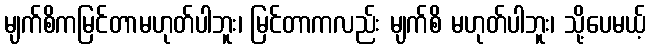
မျက်စိကမြင်တာမဟုတ်ပါဘူး၊ မြင်တာကလည်း မျက်စိ မဟုတ်ပါဘူး၊ သို့ပေမယ့်